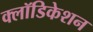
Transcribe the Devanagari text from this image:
क्लॉडिकेशन